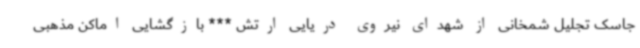
جاسک تجلیل شمخانی از شهدای نیروی دریایی ارتش *** بازگشایی اماکن مذهبی